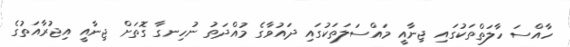
ހާއްސަ ހާލަތްތަކުގައި ޖިނާއީ މައްސަލަތަކުގައި ދައުވާގެ މުއްދަތު ނުހިނގާ ގޮތަށް ޖިނާއީ އިޖުރާއަތުގެ